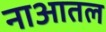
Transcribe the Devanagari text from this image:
नाआतल